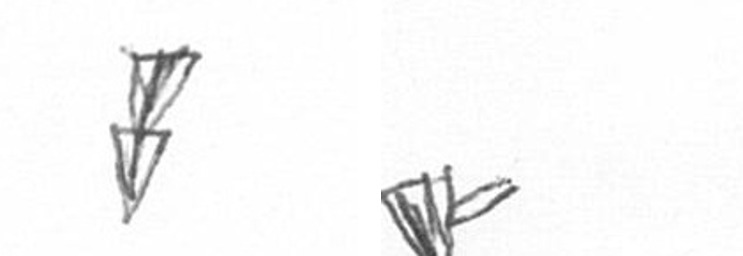
Z F